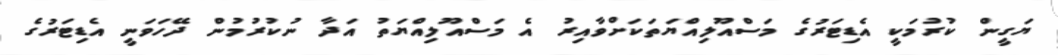
ޔަގީން ކުރުމަކީ އެޑިޓަރުގެ މަސްއޫލިއްޔަތަކަށްވާއިރު އެ މަސްއޫލިއްޔަތު އަދާ ނުކުރުމުން ދޭހަވަނީ އެޑިޓަރުގެ